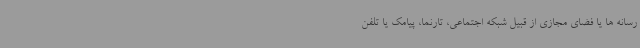
رسانه ها یا فضای مجازی از قبیل شبکه اجتماعی، تارنما، پیامک یا تلفن